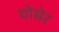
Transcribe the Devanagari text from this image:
योसेर